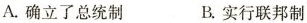
A.确立了总统制 B.实行联邦制